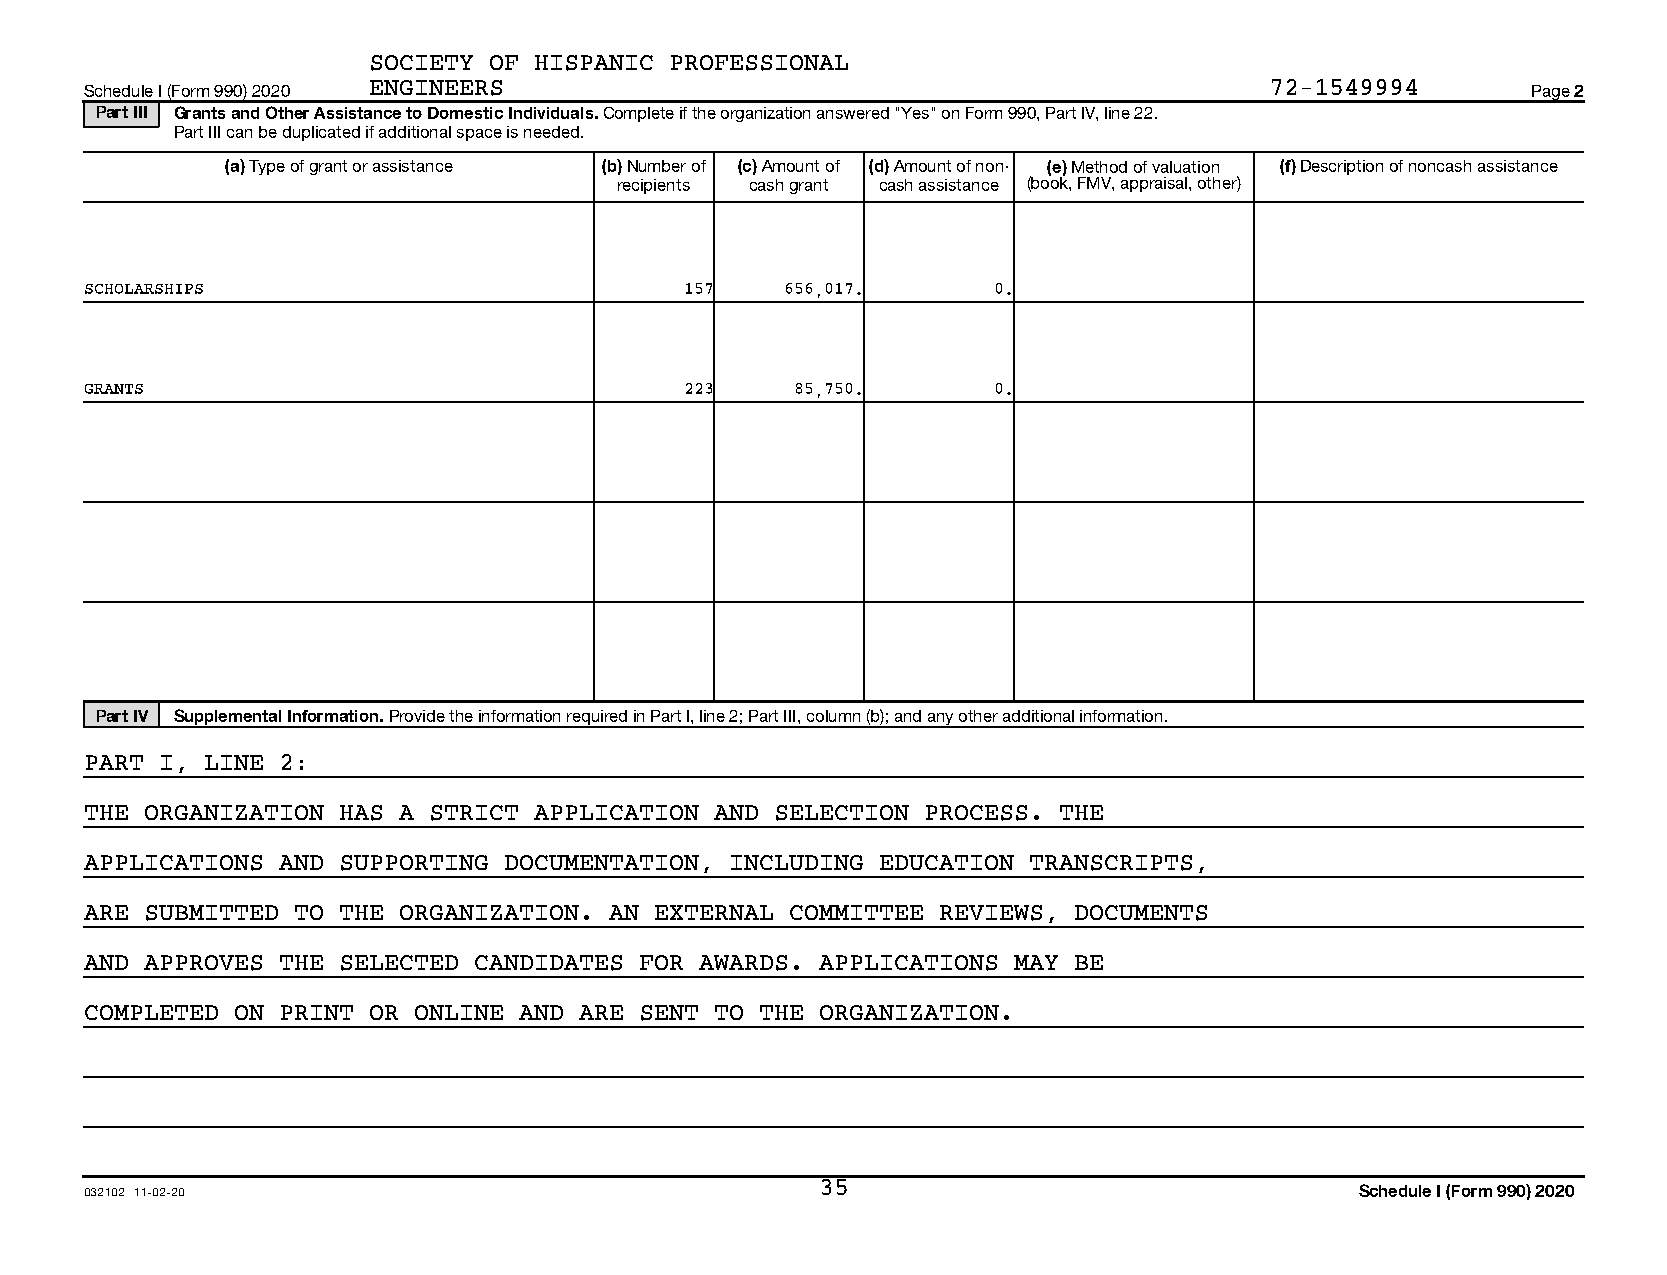
SOCIETY OF HISPANIC PROFESSIONAL
 Schedule I (Form 990) 2020 ENGINEERS                                          72-1549994       Page 2
 Part III Grants and Other Assistance to Domestic Individuals. Complete if the organization answered "Yes" on Form 990, Part IV, line 22.
 Part III can be duplicated if additional space is needed.
 (a) Type of grant or assistance (b) Number of (c) Amount of (d) Amount of non- (e) Method of valuation (f) Description of noncash assistance
 recipients cash grant cash assistance (book, FMV, appraisal, other)
 SCHOLARSHIPS                           157    656,017.      0.
 GRANTS                                 223     85,750.      0.
 Part IV Supplemental Information. Provide the information required in Part I, line 2; Part III, column (b); and any other additional information.
 PART I, LINE 2:
 THE ORGANIZATION HAS A STRICT APPLICATION AND SELECTION PROCESS. THE
 APPLICATIONS AND SUPPORTING DOCUMENTATION, INCLUDING EDUCATION TRANSCRIPTS,
 ARE SUBMITTED TO THE ORGANIZATION. AN EXTERNAL COMMITTEE REVIEWS, DOCUMENTS
 AND APPROVES THE SELECTED CANDIDATES FOR AWARDS. APPLICATIONS MAY BE
 COMPLETED ON PRINT OR ONLINE AND ARE SENT TO THE ORGANIZATION.
 032102 11-02-20                                 35                                  Schedule I (Form 990) 2020
 08481215 794084 10200        2020.05010 SOCIETY OF HISPANIC PROFESS 10200__1